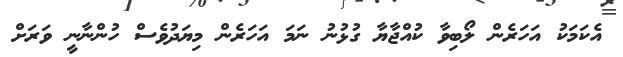
އެކަމަކު އަހަރެން ލޯބިވާ ކުއްޖާޔާ ގުޅުނު ނަމަ އަހަރެން މިޔަދުވެސް ހުންނާނީ ވަރަށް